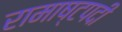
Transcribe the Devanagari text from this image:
रामाष्टपदी